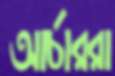
আর্চাররা